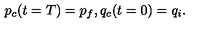
p _ { c } ( t = T ) = p _ { f } , q _ { c } ( t = 0 ) = q _ { i } .